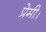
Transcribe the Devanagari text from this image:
प्रेमी।